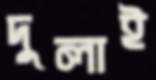
দুলাই